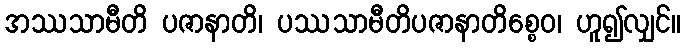
အဿသာမီတိ ပဇာနာတိ၊ ပဿသာမီတိပဇာနာတိစ္စေဝ၊ ဟူ၍လျှင်။